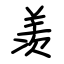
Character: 羡